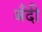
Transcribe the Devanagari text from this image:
बँदी